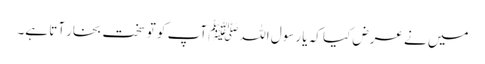
میں نے عرض کیا کہ یا رسول اللہﷺ آپ کو تو سخت بخار آتا ہے۔